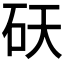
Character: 𬑾